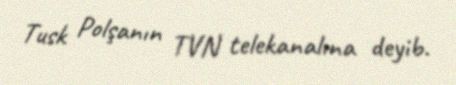
Tusk Polşanın TVN telekanalına deyib.